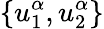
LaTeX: \{ u_{1}^{\alpha},u_{2}^{\alpha}\}